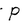
Character: P